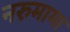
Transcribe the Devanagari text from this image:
नरुमामा